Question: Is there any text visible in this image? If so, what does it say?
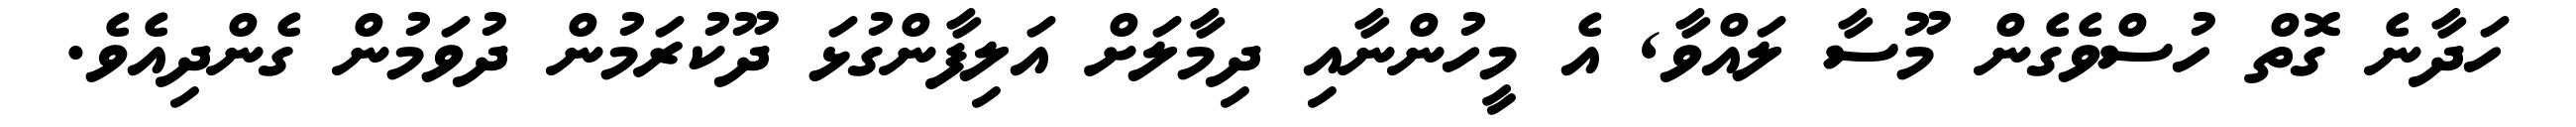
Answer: ހަދާނެ ގޮތް ހުސްވެގެން މޫސާ ލައްވާ, އެ މީހުންނާއި ދިމާލަށް އަލިފާންގުޅަ ދޫކުރަމުން ދުވަމުން ގެންދިއެވެ.